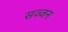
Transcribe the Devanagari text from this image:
सज्‍जन